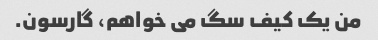
من یک کیف سگ می خواهم، گارسون.